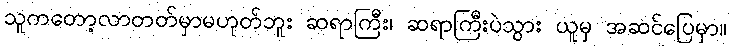
သူကတော့လာတတ်မှာမဟုတ်ဘူး ဆရာကြီး၊ ဆရာကြီးပဲသွား ယူမှ အဆင်ပြေမှာ။